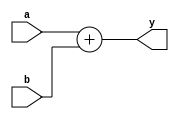
module adder(input [31:0] a, b,
             output [31:0] y);

  assign #20 y = a + b;
endmodule